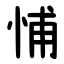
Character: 悑